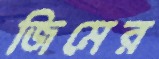
জিমের